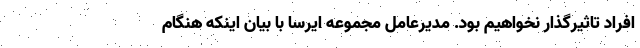
افراد تاثیرگذار نخواهیم بود. مدیرعامل مجموعه ایرسا با بیان اینکه هنگام